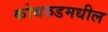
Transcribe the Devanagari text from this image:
कोथरुडमधील